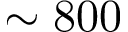
\sim 8 0 0